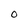
Character: O